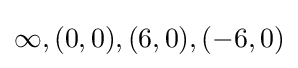
\infty ,(0,0),(6,0),(-6,0)